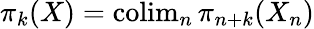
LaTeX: \pi_{k}(X)=\operatorname{colim}_{n}\pi_{n+k}(X_{n})